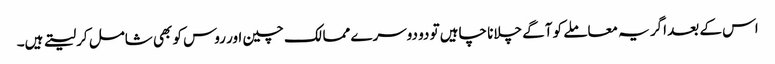
اس کے بعد اگر یہ معاملے کو آگے چلانا چاہیں تو دو دوسرے ممالک چین اور روس کو بھی شامل کرلیتے ہیں۔